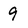
Character: 9